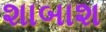
શાબાશ